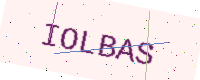
Text: IOLBAS